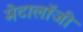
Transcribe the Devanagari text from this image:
मेटालॉजी